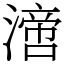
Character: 𣾪